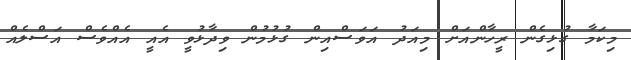
މިކަމާ ގުޅިގެން ރީހާންއަށް މިއަދު އަވަސްއިން ގުޅުމުން ވިދާޅުވީ އެއީ އެއްވެސް އަސްލެއް